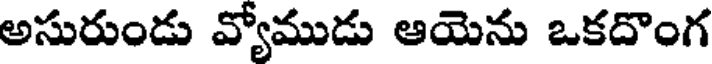
అసురుండు వ్యోముడు ఆయెను ఒకదొంగ